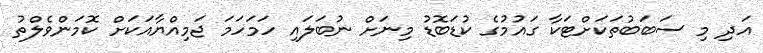
އަދި މި ސަބަބުތަކަށްޓަކާ ގައުމުގެ ކުޑަބޮޑު މިނަށް ނުބަލައި ހަމަހަމަ ޖަމިއްޔާއަކަށް ކޮމަންވެލްތު